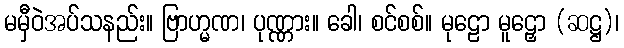
မမှီဝဲအပ်သနည်း။ ဗြာဟ္မဏ၊ ပုဏ္ဏား။ ခေါ၊ စင်စစ်။ မုဠော မူဠှော (ဆဋ္ဌ)၊